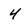
Character: 4